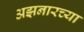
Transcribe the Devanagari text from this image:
अझनारच्या